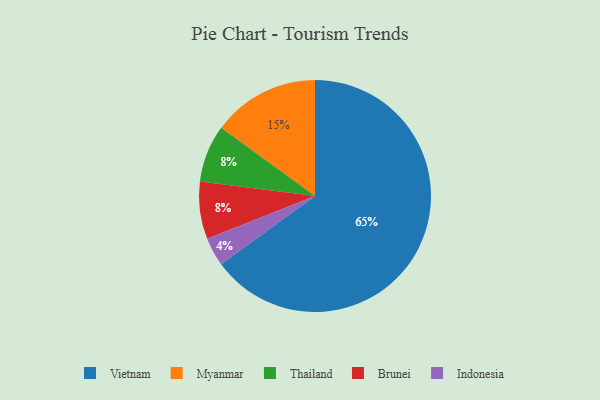
{"axis": {"x": "Category", "y": "Percentage"}, "legend": ["Brunei", "Indonesia", "Myanmar", "Thailand", "Vietnam"], "data": [{"x": "Myanmar", "y": 15, "type": "Myanmar"}, {"x": "Vietnam", "y": 65, "type": "Vietnam"}, {"x": "Thailand", "y": 8, "type": "Thailand"}, {"x": "Brunei", "y": 8, "type": "Brunei"}, {"x": "Indonesia", "y": 4, "type": "Indonesia"}]}